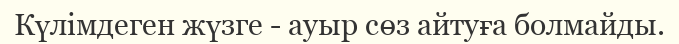
Күлімдеген жүзге - ауыр сөз айтуға болмайды.